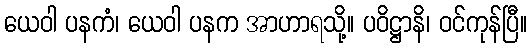
ယေဝါ ပနကံ၊ ယေဝါ ပနက အာဟာရသို့။ ပဝိဋ္ဌာနိ၊ ဝင်ကုန်ပြီ။